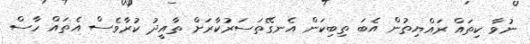
ނުވާ ކިތައް ރައްޔިތުން އެބަ ތިބިކަން އެނގޭތަސަރުކާރަށް ތާއީދު ކުރާވެސް އެތައް ހާސް